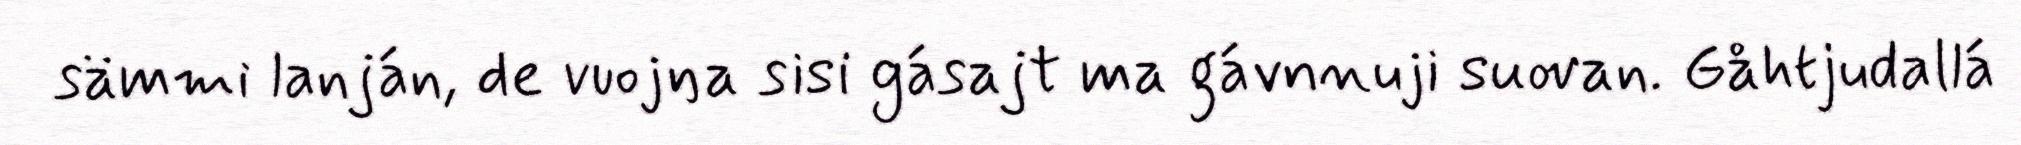
sämmi lanján, de vuojŋa sisi gásajt ma gávnnuji suovan. Gåhtjudallá